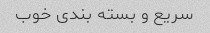
سریع و بسته بندی خوب